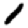
Digit: 1